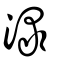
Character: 渌